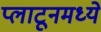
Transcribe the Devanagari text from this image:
प्लाटूनमध्ये